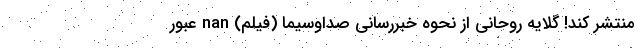
منتشر کند! گلایه روحانی از نحوه خبررسانی صداوسیما (فیلم) nan عبور